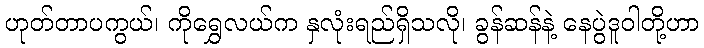
ဟုတ်တာပကွယ်၊ ကိုရွှေလယ်က နှလုံးရည်ရှိသလို၊ ခွန်ဆန်နဲ့ နေပွဲဒူဝါတို့ဟာ